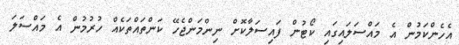
އެހެންކަމުން އެ މައްސަލައިގައި ކޯޓުން ފައިސަލާކޮށް ނިންމަންޖެހޭ ކަންތައްތަކެއް ހުރުމުން އެ މައްސަލަ